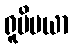
ရူပိမယာ